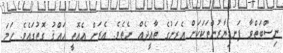
ނިސްބަތްވާ ފަނޑިޔާރުންތަކަކަށް އެރަށުގެ ތާއީދެއް ނެތެވެ. އެރަށް އެއޮތީ ޙައްޤު ގޮތުގައެވެ. ހަމަ